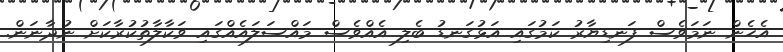
އެހެން ނަމަވެސް ފަނޑިޔާރު ކަމުގައި އަޅުގަނޑު ބެލި އެއްވެސް މައްސަލައެއްގައި ވަކާލާތުކުރާކަށް ނުދާނަން.